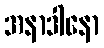
အနာဒါနော